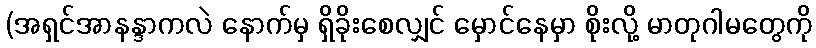
(အရှင်အာနန္ဒာကလဲ နောက်မှ ရှိခိုးစေလျှင် မှောင်နေမှာ စိုးလို့ မာတုဂါမတွေကို